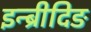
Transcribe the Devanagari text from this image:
इन्ब्रीदिङ